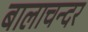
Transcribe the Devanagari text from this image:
बालाचन्दर